Leningradi_Edasi_toimetus, lk 6
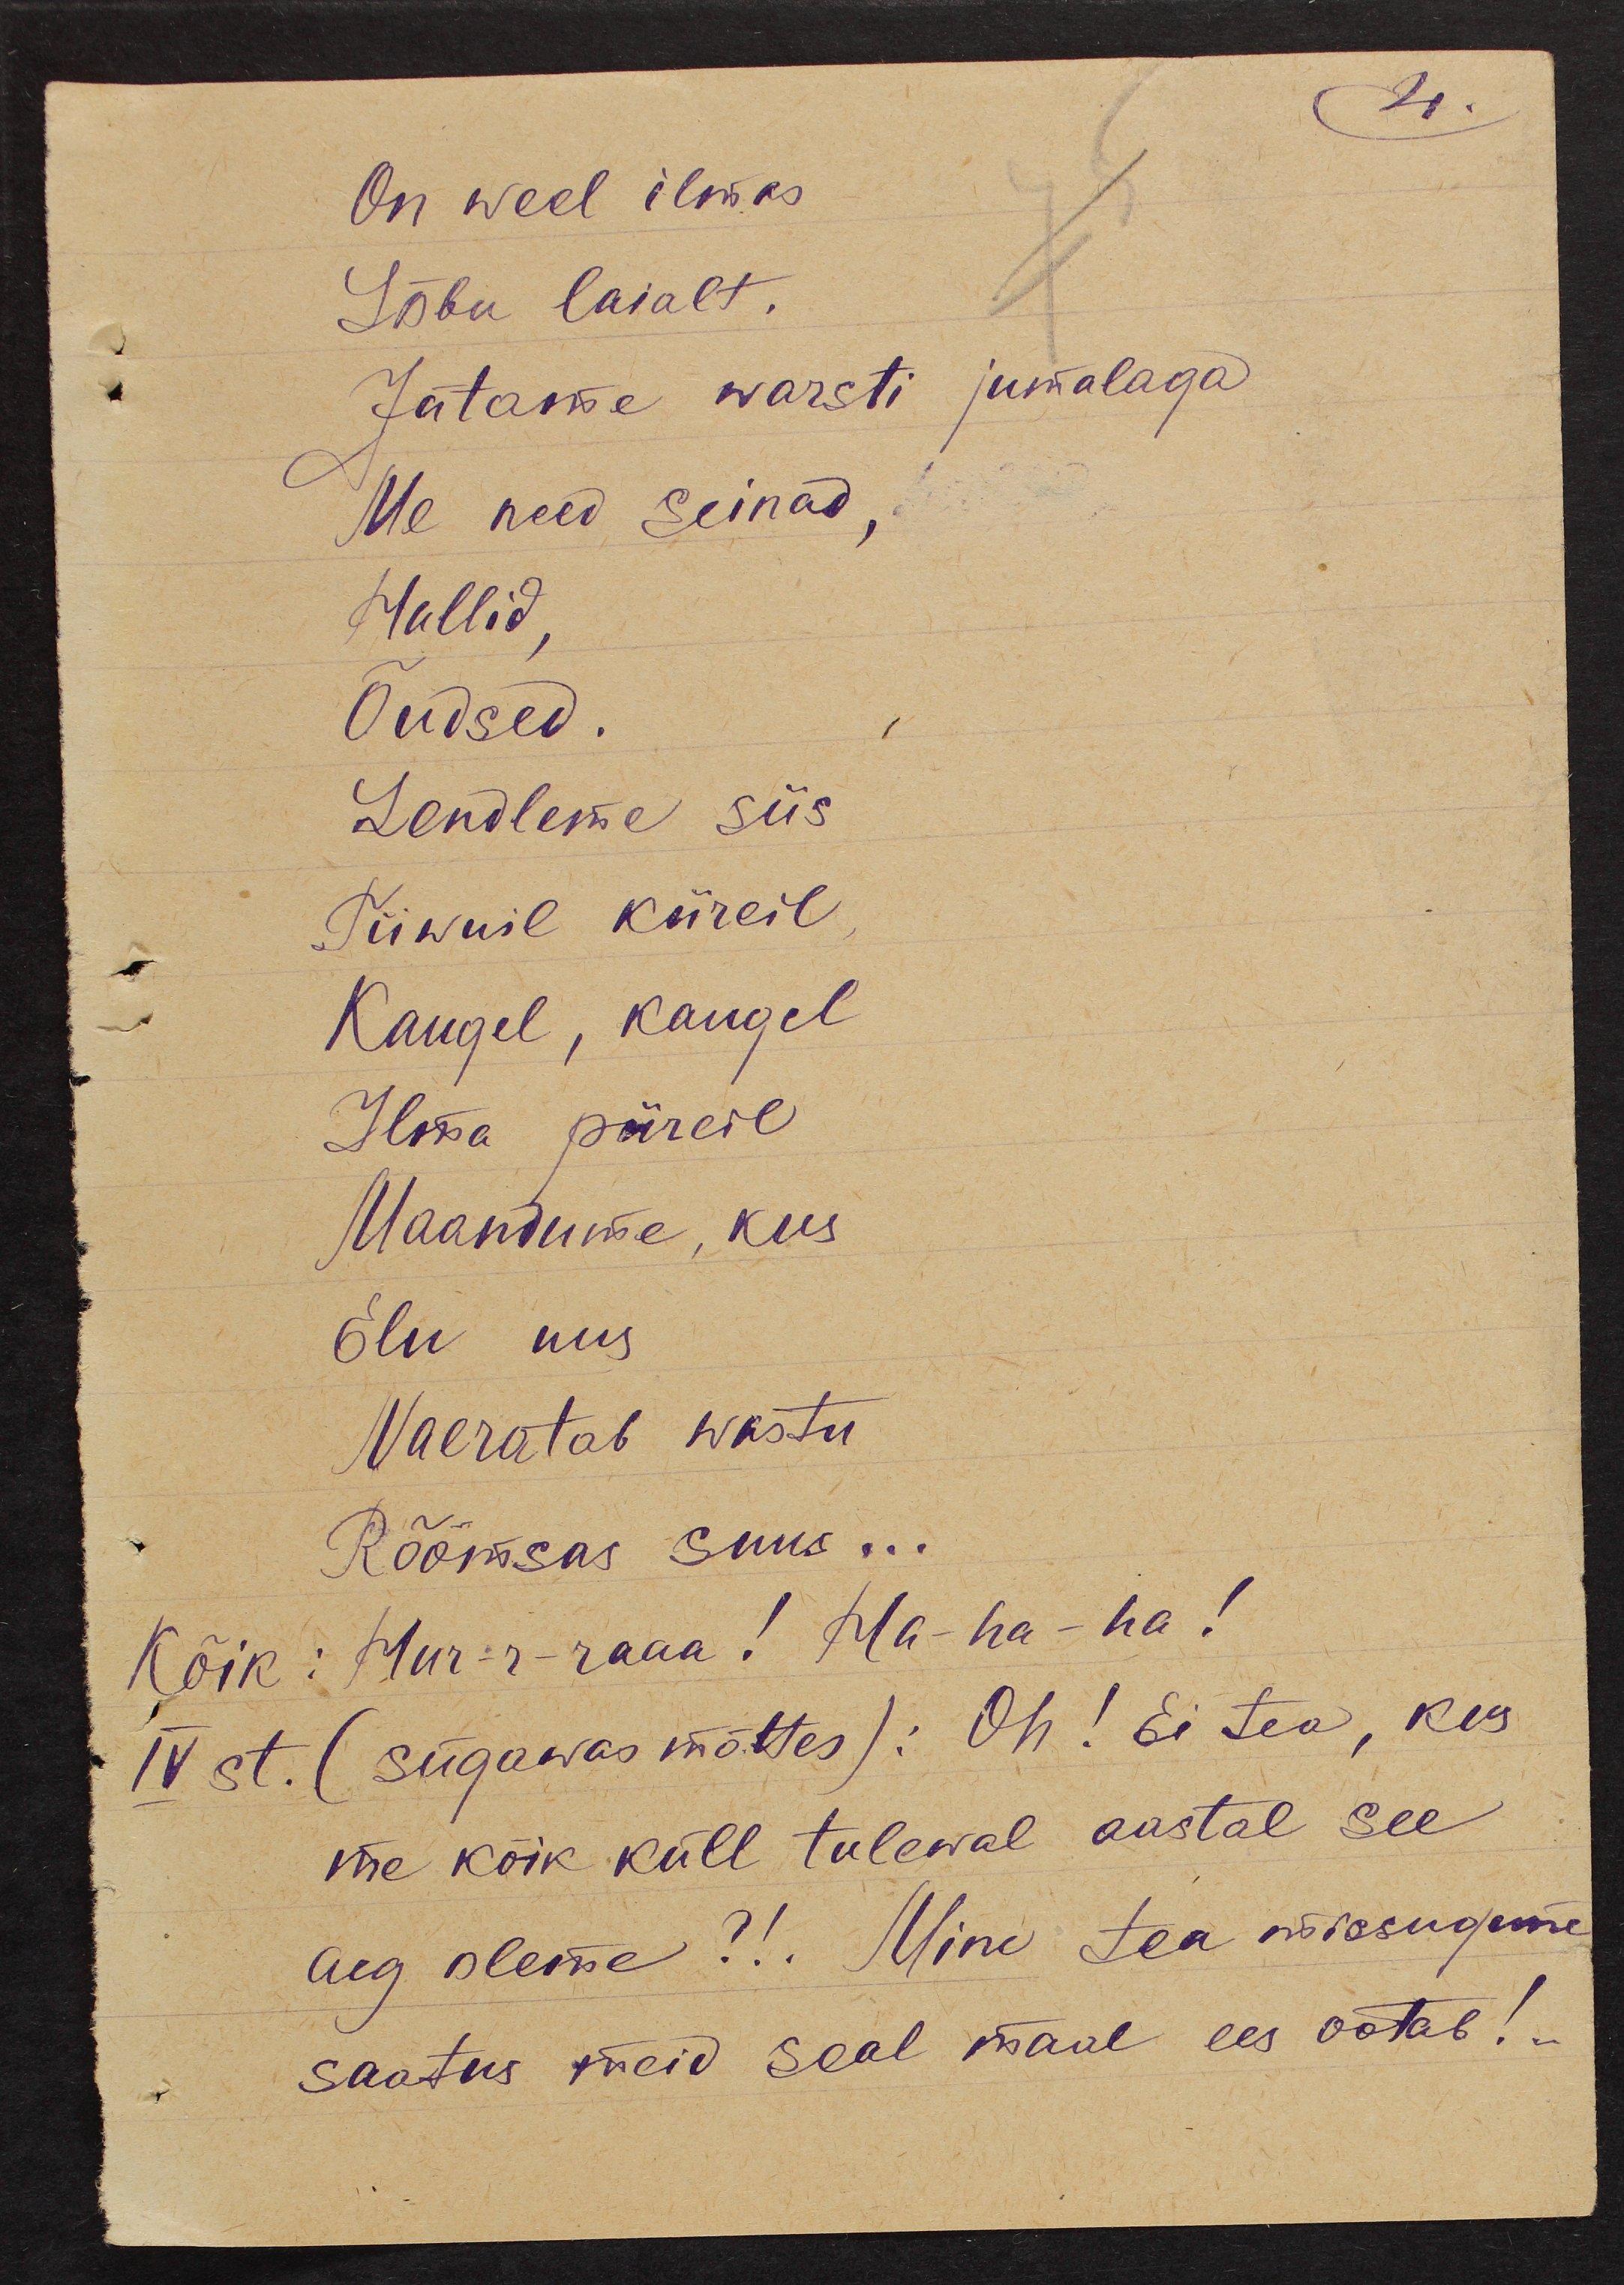
4.
On weel ilmas
Lõbu laialt.
Jätame warsti jumalaga
Me need seinad,
Hallid,
Õudsed.
Lendleme siis
Tiiwuil kiireil
Kaugel, kaugel
Ilma piireil
Maandume, kus
Elu uus
Naeratab wastu
Rõõmsas suus...
Kõik: Hur-r-raaa! Ha-ha-ha!
IV st.
(sügawas mõttes): Oh! Ei tea, kus
me kõik küll tulewal aastal see
aeg oleme?!. Mine tea missugune
saatus meid seal maal ees ootab!..